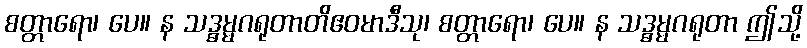
စတ္တာရော၊ ပေ။ န သဒ္ဓမ္မဂရုတာတိဧဝမာဒီသု၊ စတ္တာရော၊ ပေ။ န သဒ္ဓမ္မဂရုတာ ဤသို့